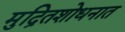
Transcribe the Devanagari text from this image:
मुद्रितशोधनात